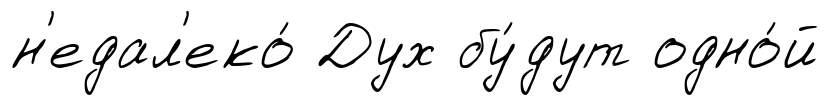
н'едал'еко́ Дух бу́дут одно́й